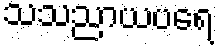
သသညာယပရေ